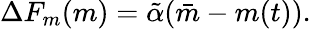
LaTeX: \Delta F_{m}(m)=\tilde{\alpha}(\bar{m}-m(t)).